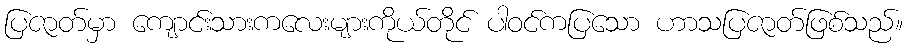
ပြဇာတ်မှာ ကျောင်းသားကလေးများကိုယ်တိုင် ပါဝင်ကပြသော ဟာသပြဇာတ်ဖြစ်သည်။